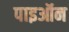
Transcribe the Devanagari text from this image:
पाइऑन